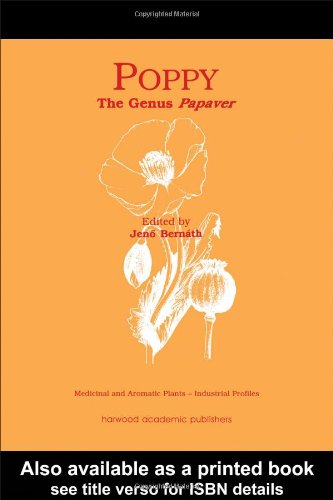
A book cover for Poppy: The Genus Papaver (Medicinal and Aromatic Plants - Industrial Profiles); Science & Math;